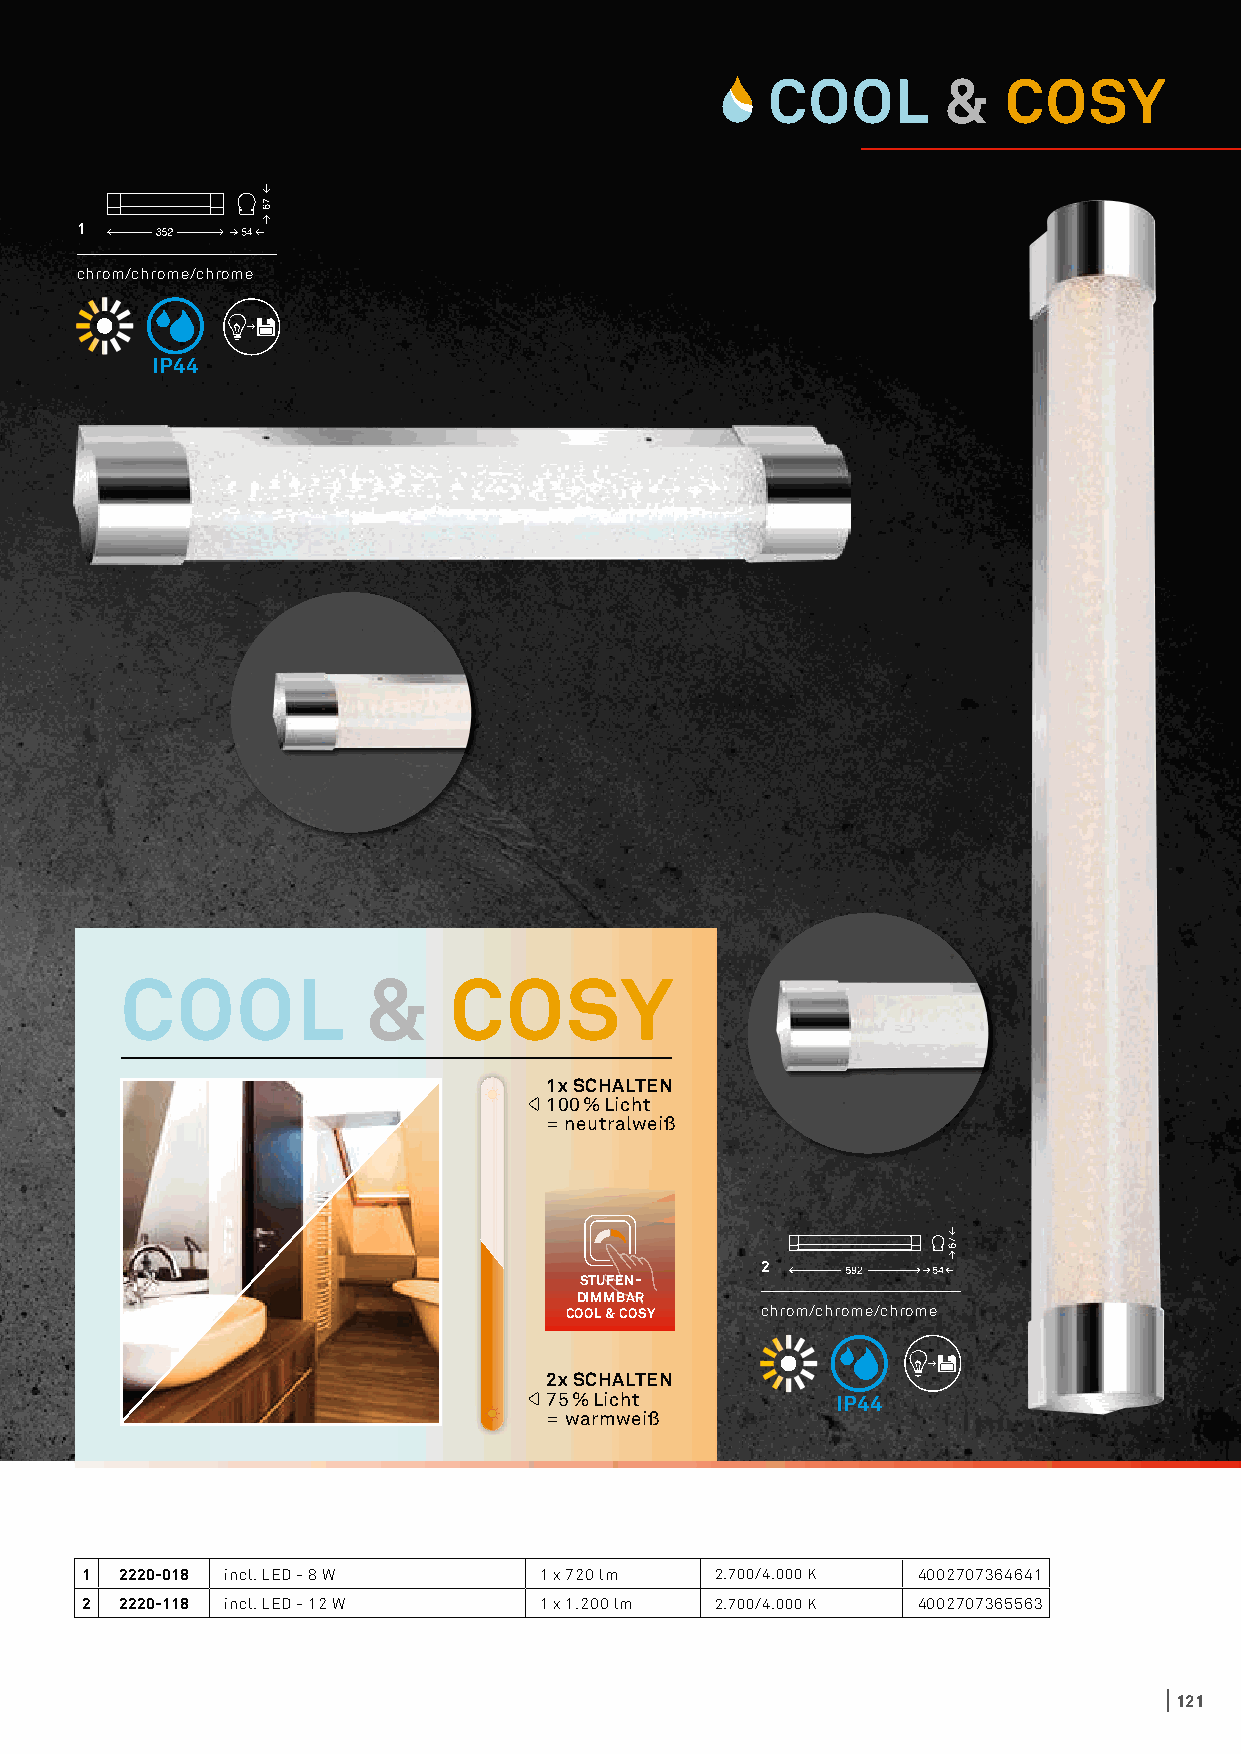
1
 chrom/chrome/chrome
 IP44
 COOL            &     COSY
 1x SCHALTEN
 100 % Licht
 = neutralweiß
 2
 STUFEN-
 DIMMBAR
 COOL & COSY  chrom/chrome/chrome
 2x SCHALTEN
 75 % Licht         IP44
 = warmweiß
 1  2220-018 incl. LED - 8 W    1 x 720 lm 2.700/4.000 K 4002707364641
 2  2220-118 incl. LED - 12 W   1 x 1.200 lm 2.700/4.000 K 4002707365563
 121